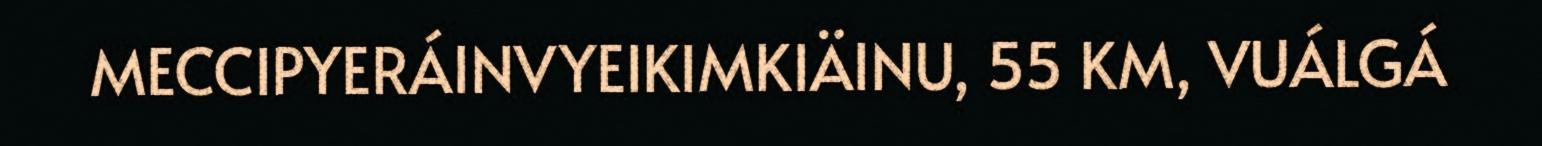
MECCIPYERÁINVYEIKIMKIÄINU, 55 KM, VUÁLGÁ